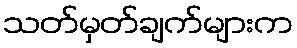
သတ်မှတ်ချက်များက